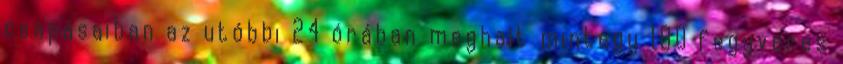
csapásaiban az utóbbi 24 órában meghalt mintegy 180 fegyveres